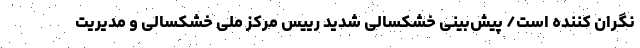
نگران کننده است/ پیش‌بینی خشکسالی شدید رییس مرکز ملی خشکسالی و مدیریت